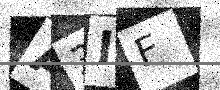
Text: A3IF